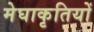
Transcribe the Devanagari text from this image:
मेघाकृतियों